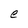
Character: e